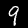
Label: 9